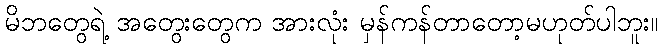
မိဘတွေရဲ့ အတွေးတွေက အားလုံး မှန်ကန်တာတော့မဟုတ်ပါဘူး။